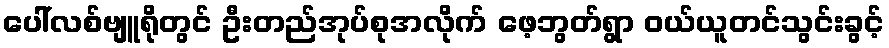
ပေါ်လစ်ဗျူရိုတွင် ဦးတည်အုပ်စုအလိုက် ဖေ့ဘွတ်ရွာ ဝယ်ယူတင်သွင်းခွင့်